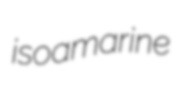
isoamarine